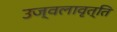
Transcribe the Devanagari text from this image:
उज्वलावृत्ति